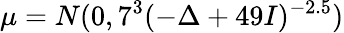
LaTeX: \mu=N(0,7^{3}(-\Delta+49I)^{-2.5})